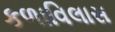
કળાવિલાસ